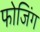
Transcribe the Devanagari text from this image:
फोजिंग